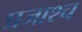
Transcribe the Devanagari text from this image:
प्रजाश्‍च